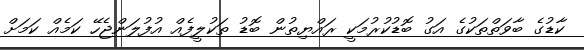
ކާޑުގެ ބާވަތްތަކުގެ އަގު ބޮޑުކުރުމަކީ ރައްޔިތުން ބޮޑު ތަކުލީފެއް އުފުލަންޖެހޭ ކަމެއް ކަމަށް